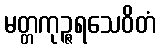
မတ္တကုဉ္ဇရသေဝိတံ